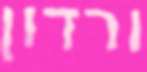
ורדון